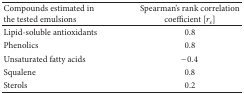
| Compounds estimated in the tested emulsions | Spearman's rank correlation coefficient [rs] |
 | --- | --- |
 | Lipid-soluble antioxidants | 0.8 |
 | Phenolics | 0.8 |
 | Unsaturated fatty acids | −0.4 |
 | Squalene | 0.8 |
 | Sterols | 0.2 |